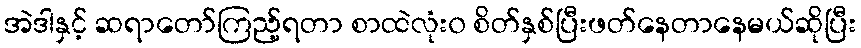
အဲဒါနှင့် ဆရာတော်ကြည့်ရတာ စာထဲလုံး၀ စိတ်နှစ်ပြီးဖတ်နေတာနေမယ်ဆိုပြီး